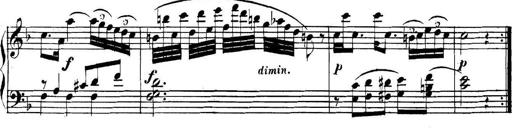
Title: Collected Piano Sonatas
Composer: Muzio Clementi